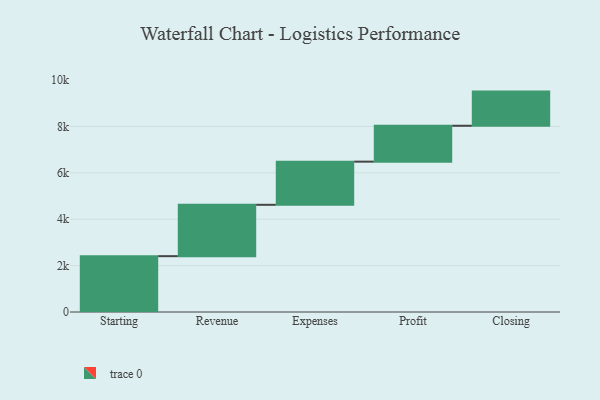
{"axis": {"x": "Step", "y": "Value"}, "legend": [""], "data": [{"x": "Starting", "y": 2408.0, "type": ""}, {"x": "Revenue", "y": 2215.0, "type": ""}, {"x": "Expenses", "y": 1861.0, "type": ""}, {"x": "Profit", "y": 1548.0, "type": ""}, {"x": "Closing", "y": 1473.0, "type": ""}]}